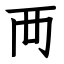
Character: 襾